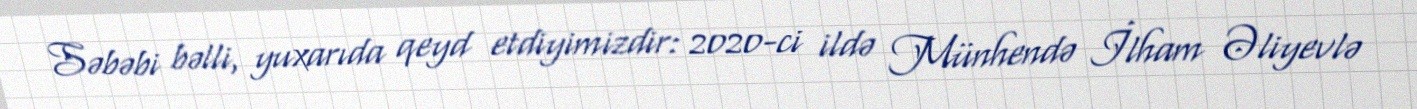
Səbəbi bəlli, yuxarıda qeyd etdiyimizdir: 2020-ci ildə Münhendə İlham Əliyevlə